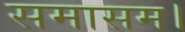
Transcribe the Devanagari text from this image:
समासम।